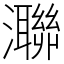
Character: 㶌